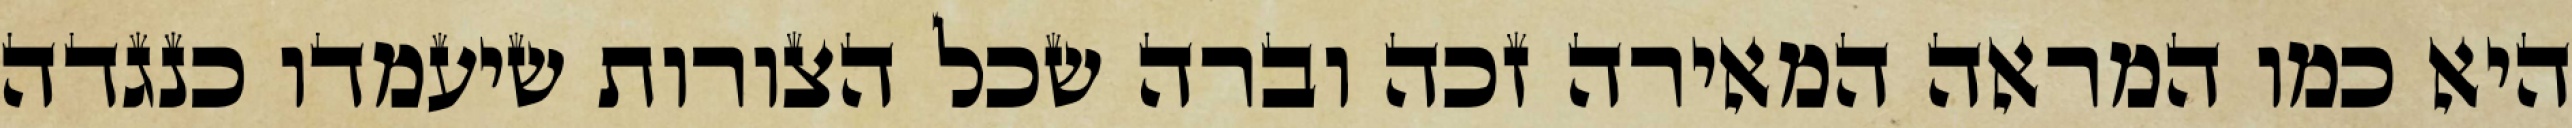
היא כמו המראה המאירה זכה וברה שכל הצורות שיעמדו כנגדה